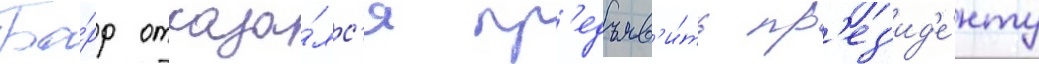
Ба́рр отказа́лс'я пр'едъяв'и́ть пр'ез'ид'е́нту